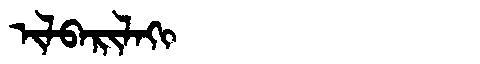
Manchu: ᡳᠯᠪᠠᡵᡳᠯᠠᡴᡳ
Romanization: ILBARILAKI